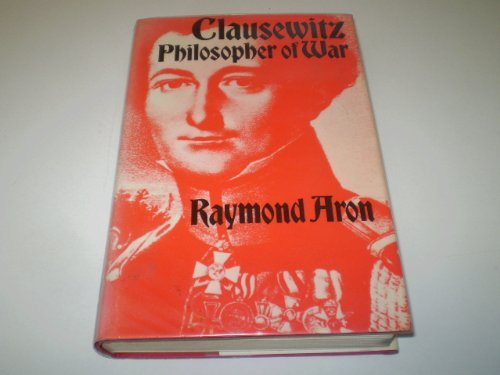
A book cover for Clausewitz: Philosopher of War; Raymond Aron; Biographies & Memoirs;